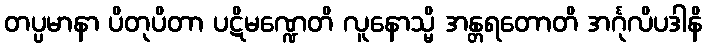
တပ္ပမာနာ ပိတုပိတာ ပဋိမဏ္ဍေတိ လူနောသ္မိ အန္တရတောတိ အင်္ဂုလိပဒါနိ